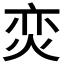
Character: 𭴢